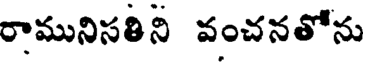
రామునిసతిని వంచనతోను